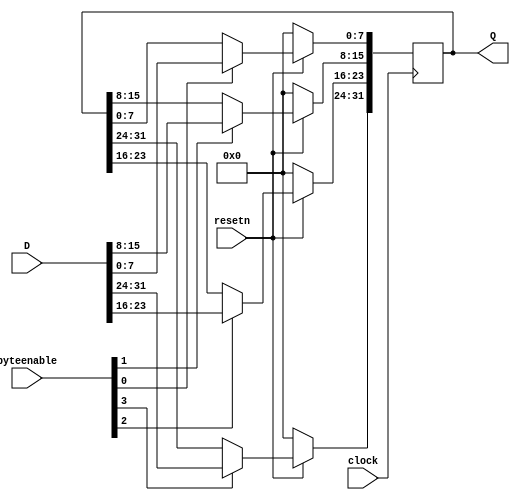
module reg32 (clock, resetn, D, byteenable, Q);
  input clock, resetn;
  input [3:0] byteenable;
  input [31:0] D;
  output reg [31:0] Q;

  always@(posedge clock)
    if (!resetn)
      Q <= 32'b0;
    else
      begin
        // Enable writing to each byte separately
        if (byteenable[0]) Q[7:0] <= D[7:0];
        if (byteenable[1]) Q[15:8] <= D[15:8];
        if (byteenable[2]) Q[23:16] <= D[23:16];
        if (byteenable[3]) Q[31:24] <= D[31:24];
      end
endmodule